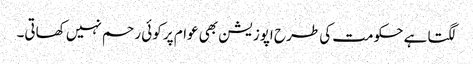
لگتا ہے حکومت کی طرح اپوزیشن بھی عوام پر کوئی رحم نہیں کھاتی۔